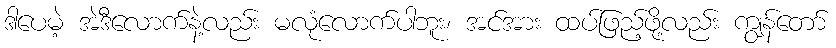
ဒါပေမဲ့ အဲဒီလောက်နဲ့လည်း မလုံလောက်ပါဘူး၊ အင်အား ထပ်ဖြည့်ဖို့လည်း ကျွန်တော်